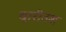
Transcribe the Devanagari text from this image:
दारीउश